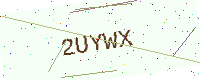
Text: 2UYWX